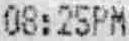
08:25PM